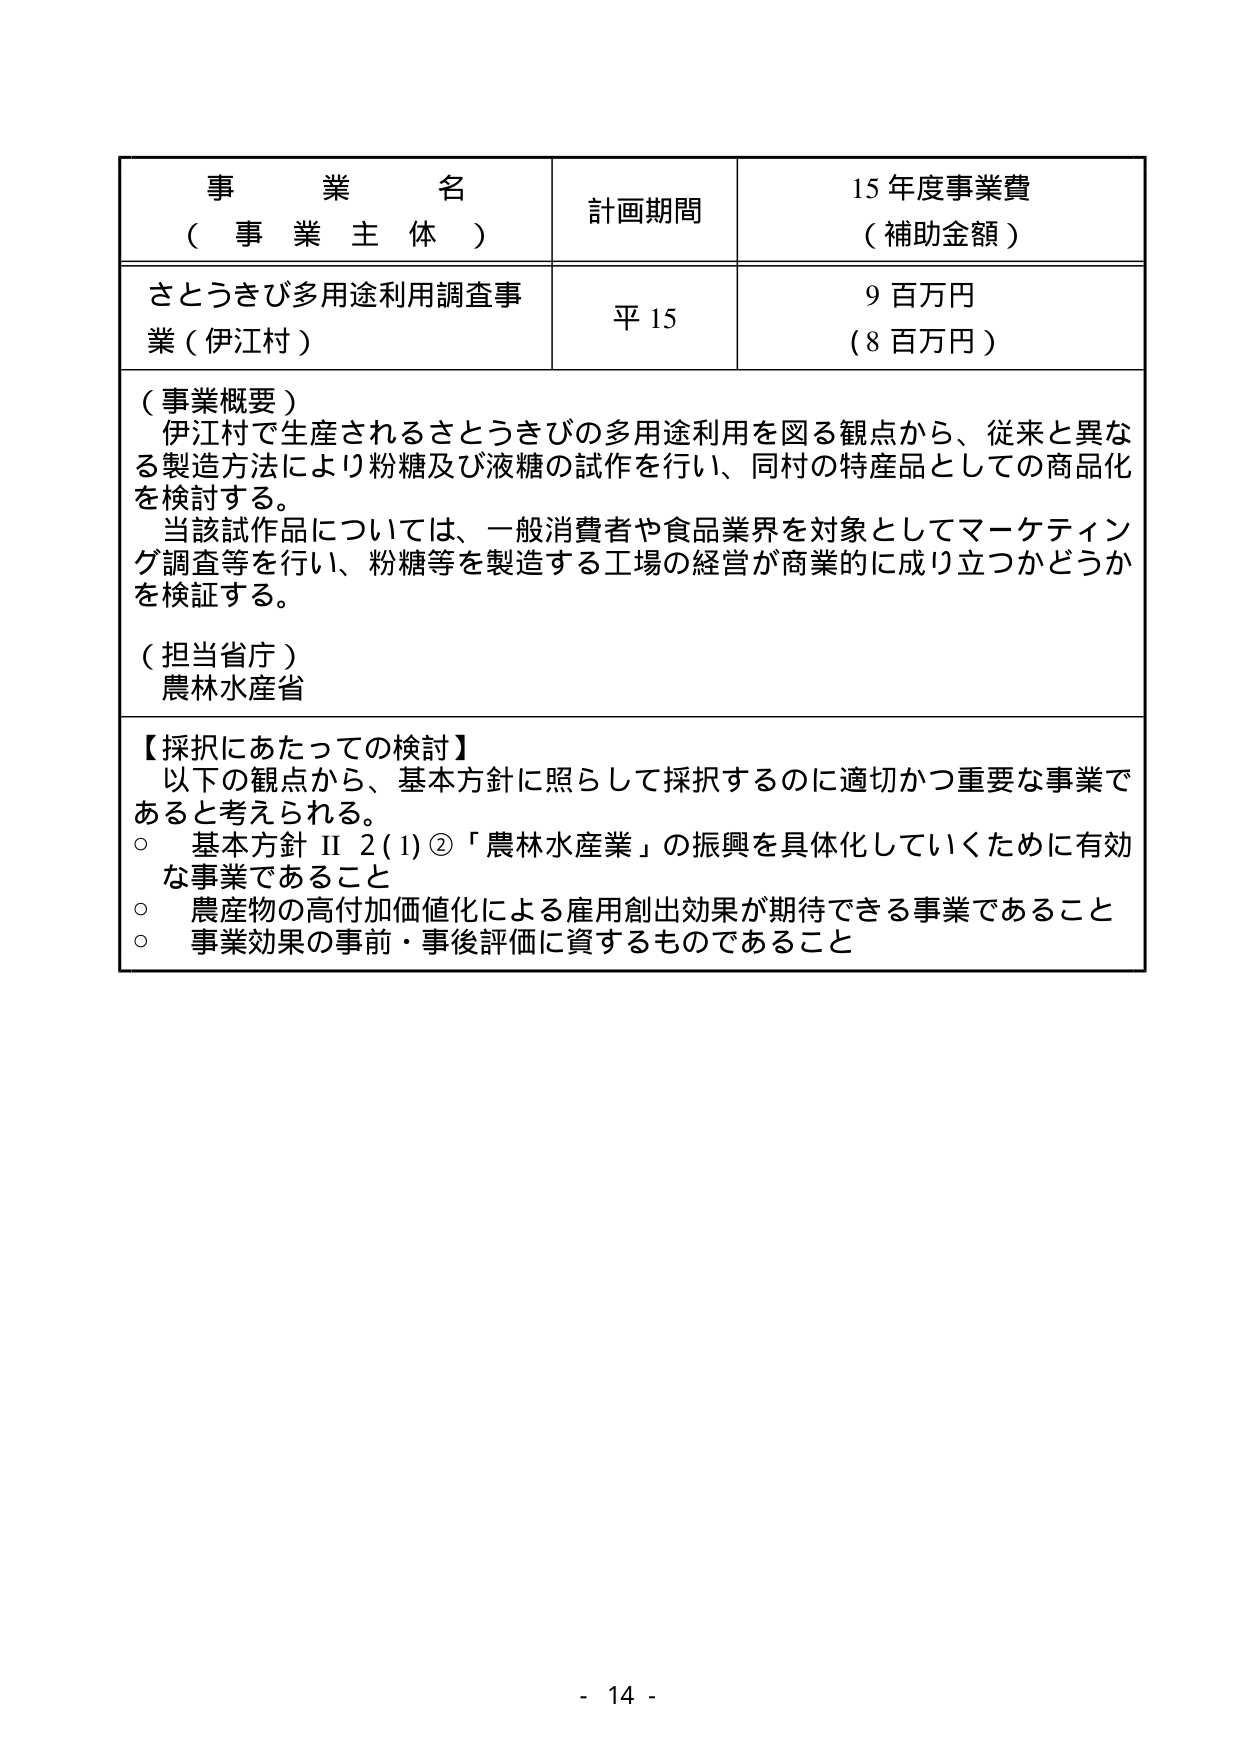
事業名
（事業主体）
計画期間
15年度事業費
（補助金額）

さとうきび多用途利用調査事業（伊江村）
平15
9百万円
（8百万円）

（事業概要）
伊江村で生産されるさとうきびの多用途利用を図る観点から、従来と異なる製造方法により粉糖及び液糖の試作を行い、同村の特産品としての商品化を検討する。
当該試作品については、一般消費者や食品業界を対象としてマーケティング調査等を行い、粉糖等を製造する工場の経営が商業的に成り立つかどうかを検証する。

（担当省庁）
農林水産省

【採択にあたっての検討】
以下の観点から、基本方針に照らして採択するのに適切かつ重要な事業であると考えられる。
○ 基本方針Ⅱ2(1)②「農林水産業」の振興を具体化していくために有効な事業であること
○ 農産物の高付加価値化による雇用創出効果が期待できる事業であること
○ 事業効果の事前・事後評価に資するものであること

- 14 -